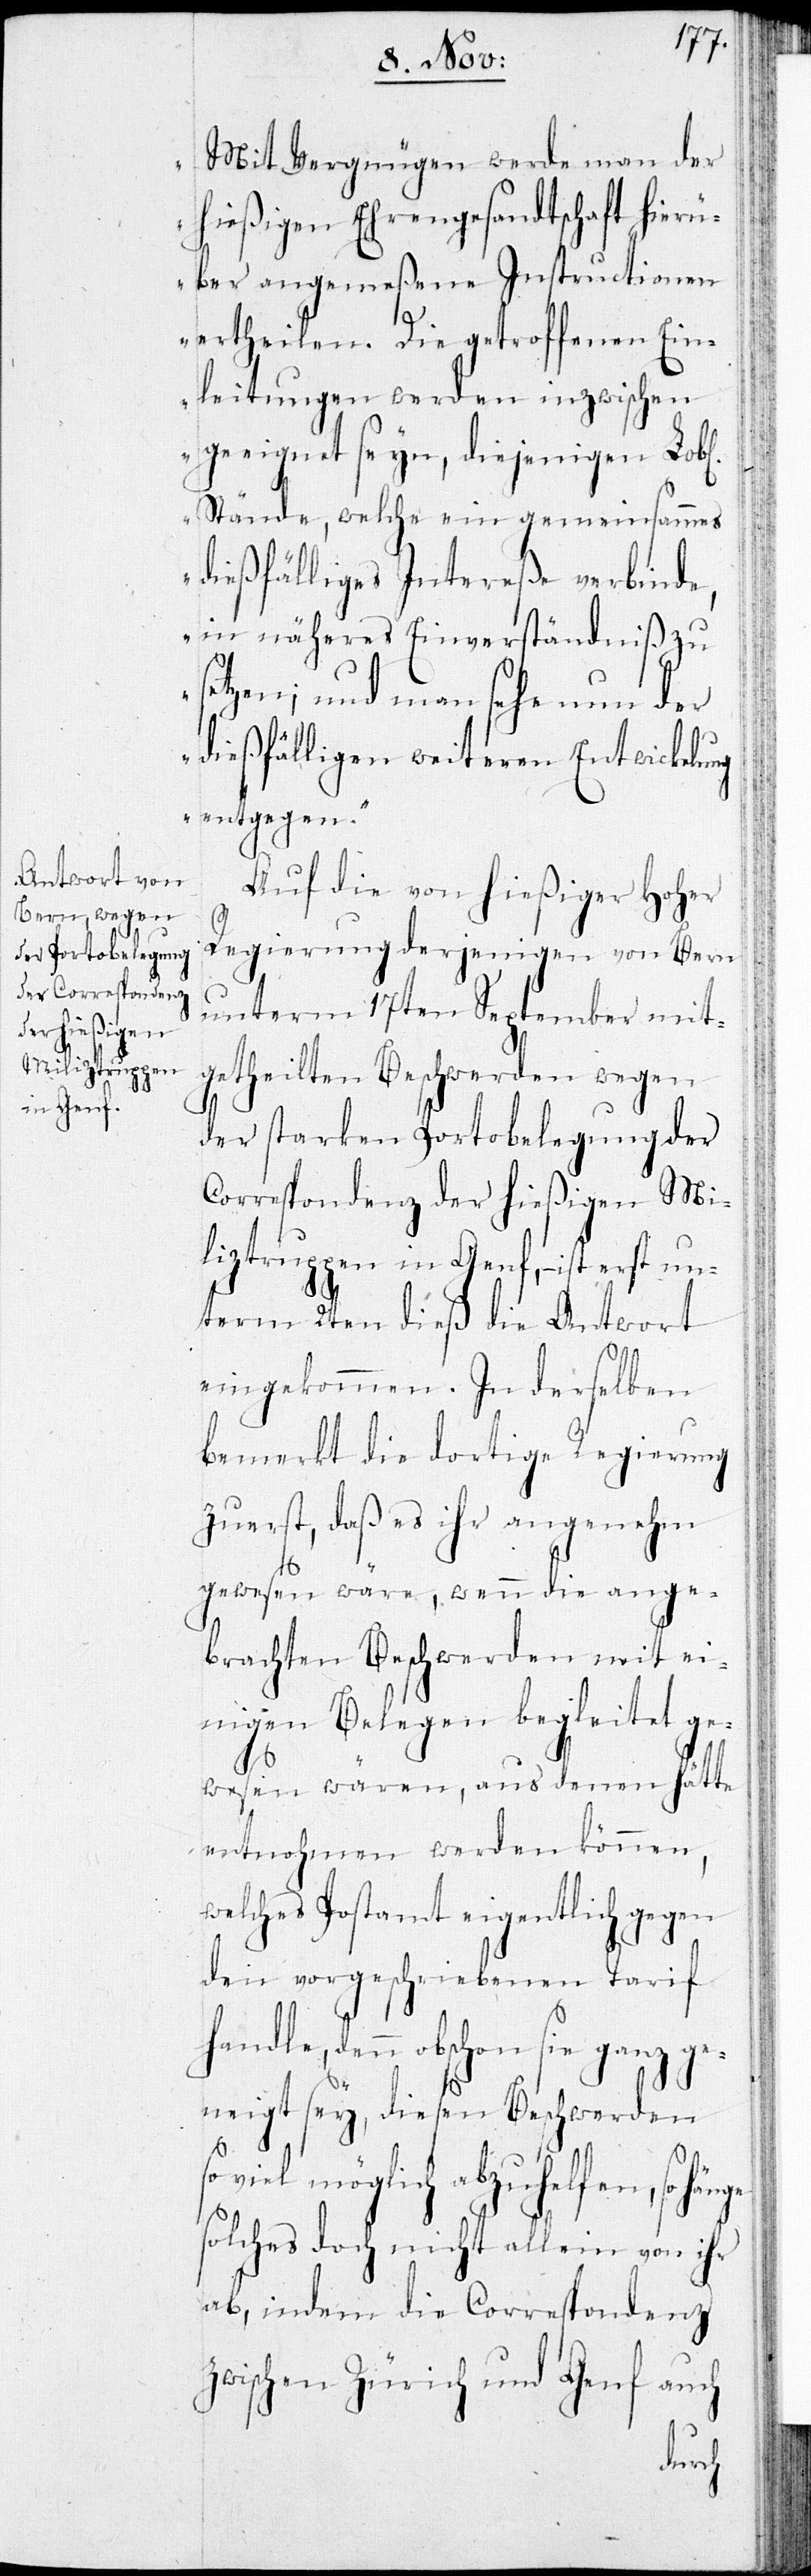
Mit Vergnügen werde man der
hießigen Ehrengesandtschaft hier¬
über angemeßene Instructionen
ertheilen. Die getroffenen Ein¬
leitungen werden inzwischen
geeignet seyn, diejenigen Lobl.
Stände, welche ein gemeinsammes
dießfälliges Intereße verbinde,
in näheres Einverständniß zu
setzen; und man sehe nun der
dießfälligen weiteren Entwicklung
entgegen.“
Auf die von hießiger Hoher
Regierung derjenigen von Bern
unterm 17ten September mit¬
getheilten Beschwerden wegen
der starken Portobelegung der
Correspondenz der hießigen Mi¬
liztruppen in Genf, – ist erst un¬
term 2ten dieß die Antwort
eingekommen. In derselben
bemerkt die dortige Regierung
zuerst, daß es ihr angenehm
gewesen wäre, wenn die ange¬
brachten Beschwerden mit ei¬
nigen Belegen begleitet ge¬
wesen wären, aus denen hätte
entnohmen werden können,
welches Postamt eigentlich gegen
den vorgeschriebenen Tarif
denn obschon sie ganz ge¬
neigt sey, diesen Beschwerden
viel möglich abzuhelfen, so
solches doch nicht allein von ihr
ab, indem die Correspondenz
zwischen Zürich und Genf auch